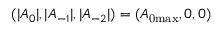
( | A _ { 0 } | , | A _ { - 1 } | , | A _ { - 2 } | ) = ( A _ { \mathrm { 0 m a x } } , 0 , 0 )